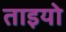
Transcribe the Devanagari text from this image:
ताइयो